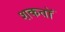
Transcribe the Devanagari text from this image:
शकतॉ